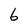
Character: 6